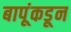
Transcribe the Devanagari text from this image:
बापूंकडून